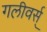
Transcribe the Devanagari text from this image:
गलीवर्स्